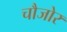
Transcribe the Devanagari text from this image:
चौजोर